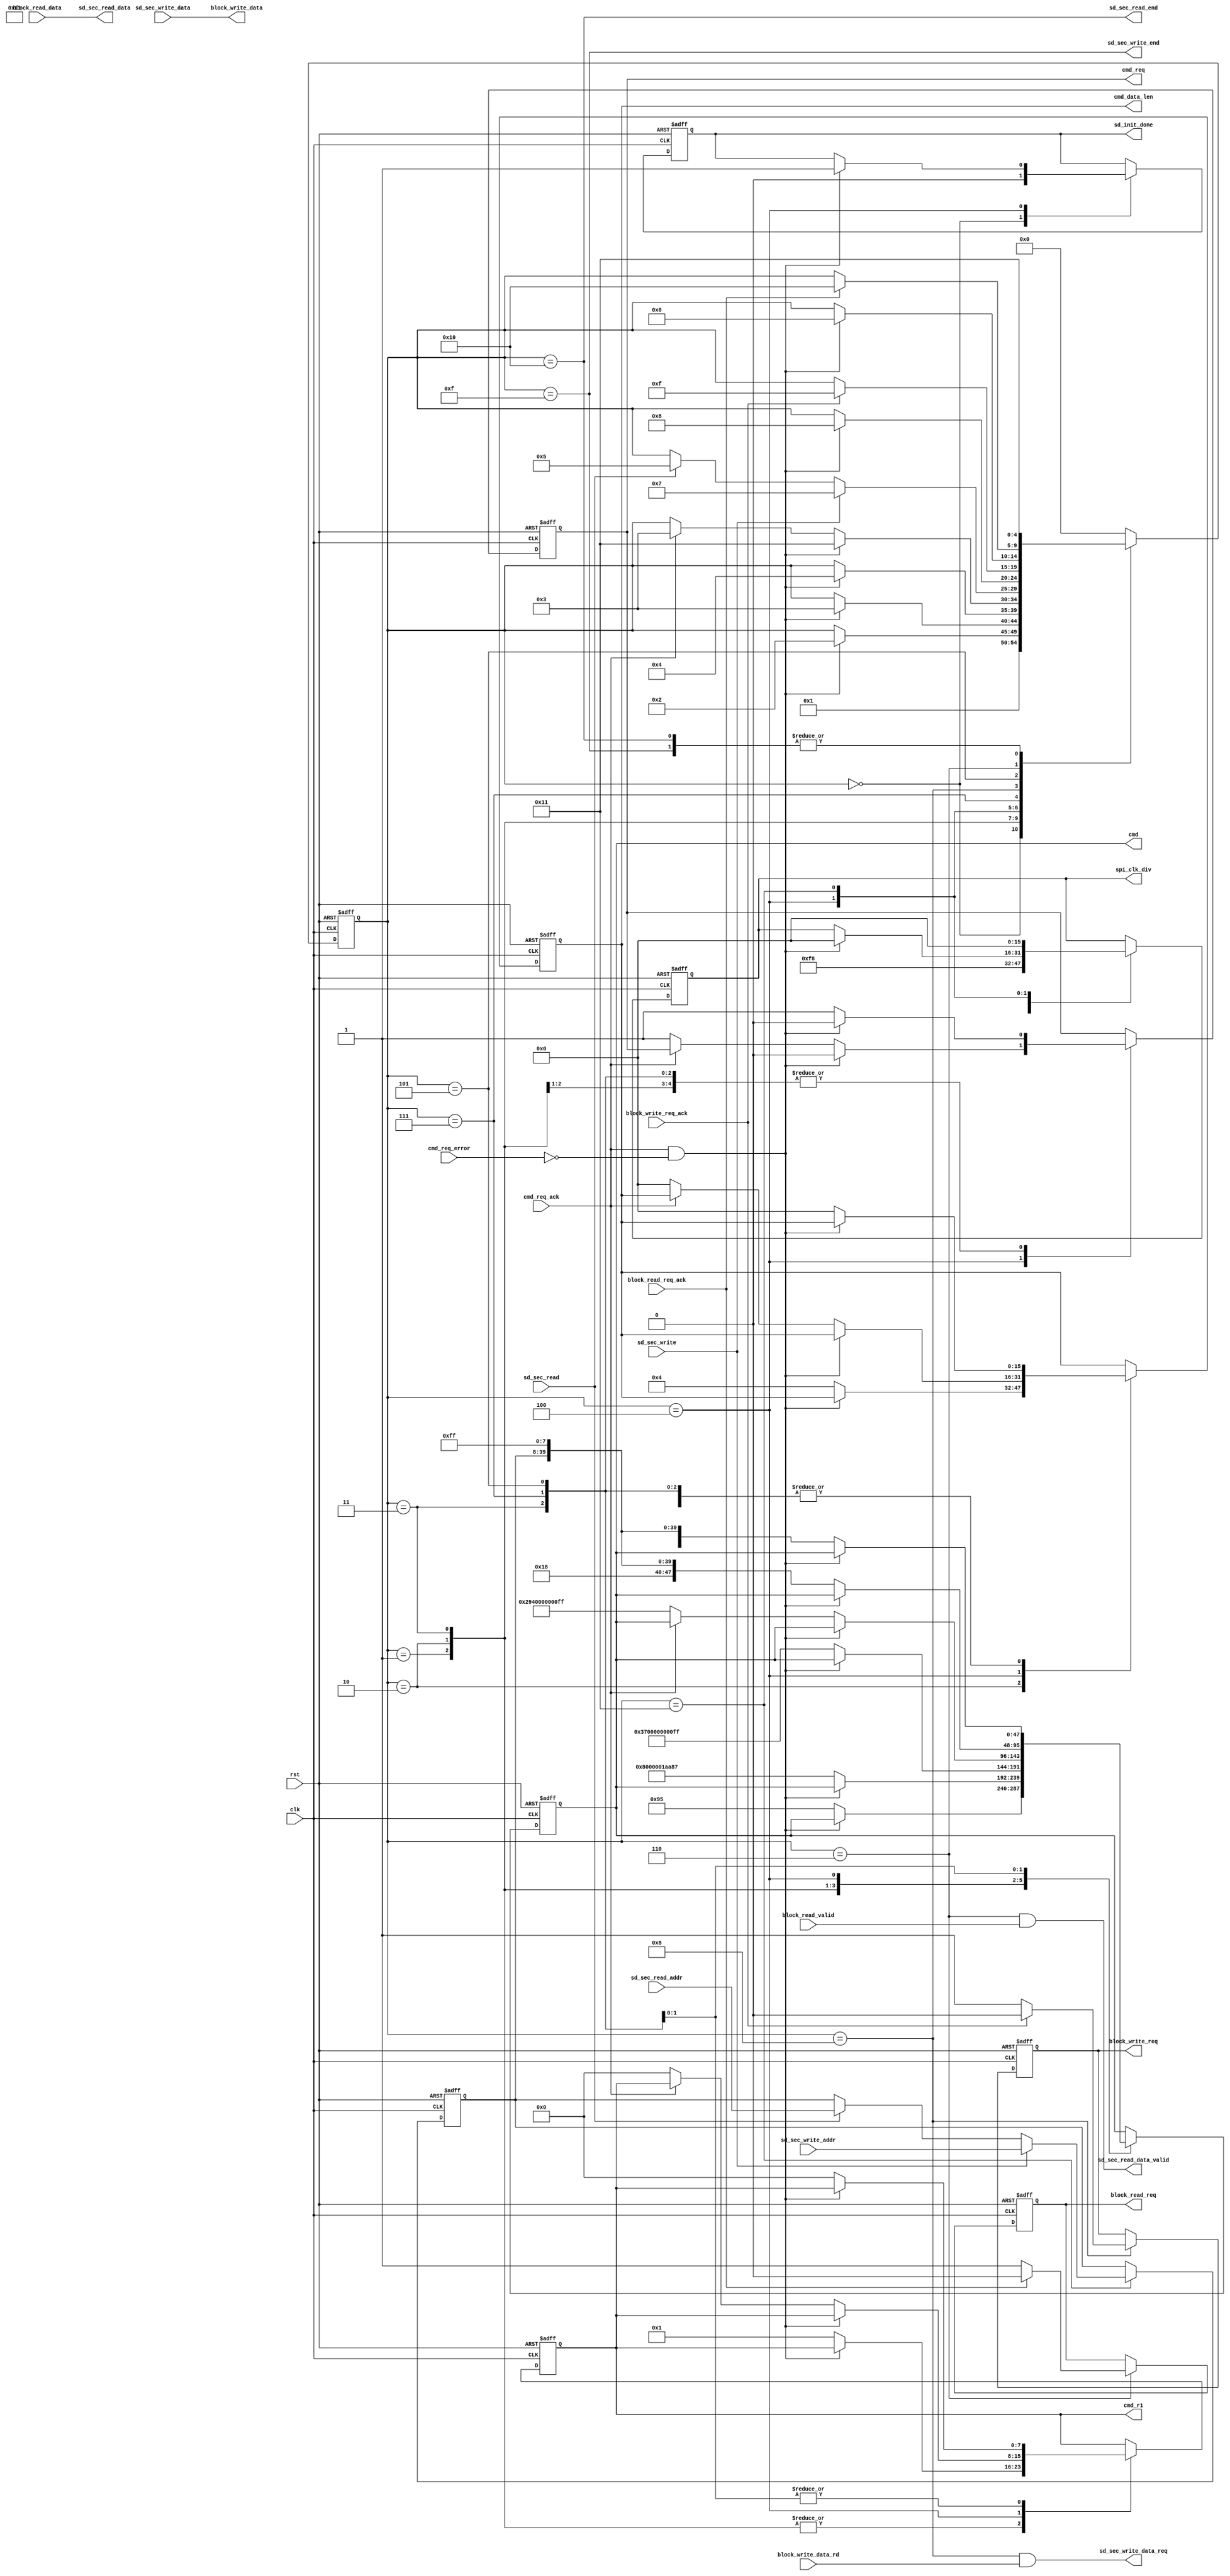
`timescale 1ns / 1ps
//*************************************************************************\
//Copyright (c) 2017,ALINX(shanghai) Technology Co.,Ltd,All rights reserved
//
//                Project Name  :  
//                     Company  :  ALINX(shanghai) Technology Co.,Ltd
//                         WEB  :  http://www.alinx.cn/
//==========================================================================
//   Description:   
//
//   
//==========================================================================
//  Revision History:
//  Date          By            Revision    Change Description
//--------------------------------------------------------------------------
//  2017/6/21    meisq         1.0         Original
//*************************************************************************/
module sd_card_sec_read_write
#(
	parameter  SPI_LOW_SPEED_DIV = 248,         // spi clk speed = clk speed /((SPI_LOW_SPEED_DIV + 2) * 2 )
	parameter  SPI_HIGH_SPEED_DIV = 0           // spi clk speed = clk speed /((SPI_HIGH_SPEED_DIV + 2) * 2 )
)
(
    input           clk,
    input           rst,
	output reg       sd_init_done,
	input            sd_sec_read,
	input[31:0]      sd_sec_read_addr,
	output[7:0]      sd_sec_read_data,
	output           sd_sec_read_data_valid,
	output           sd_sec_read_end,
	input            sd_sec_write,
	input[31:0]      sd_sec_write_addr,
	input[7:0]       sd_sec_write_data,
	output           sd_sec_write_data_req,
	output           sd_sec_write_end,
	
	output reg[15:0] spi_clk_div,
	output reg       cmd_req,
	input            cmd_req_ack,
	input            cmd_req_error,
	output reg[47:0] cmd,
	output reg[7:0]  cmd_r1,
	output reg[15:0] cmd_data_len,
	output reg       block_read_req,
	input            block_read_valid,
	input[7:0]       block_read_data,
	input            block_read_req_ack,
	output reg       block_write_req,
	output[7:0]      block_write_data,
	input            block_write_data_rd,
	input            block_write_req_ack
);
reg[7:0] read_data;
reg[31:0] timer;

localparam S_IDLE               = 0;
localparam S_CMD0               = 1;
localparam S_CMD8               = 2;
localparam S_CMD55              = 3;
localparam S_CMD41              = 4;
localparam S_CMD17              = 5;
localparam S_READ               = 6;
localparam S_CMD24              = 7;
localparam S_WRITE              = 8;
localparam S_ERR                = 14;
localparam S_WRITE_END          = 15;
localparam S_READ_END           = 16;
localparam S_WAIT_READ_WRITE    = 17;

reg[4:0]                       state;
reg[31:0]                      sec_addr;
assign sd_sec_read_data_valid = (state == S_READ) && block_read_valid;
assign sd_sec_read_data = block_read_data;
assign sd_sec_read_end = (state == S_READ_END);
assign sd_sec_write_data_req = (state == S_WRITE) && block_write_data_rd;
assign block_write_data = sd_sec_write_data;
assign sd_sec_write_end = (state == S_WRITE_END);

always@(posedge clk or posedge rst)
begin
	if(rst == 1'b1)
	begin
		state <= S_IDLE;
		cmd_req <= 1'b0;
		cmd_data_len <= 16'd0;
		cmd_r1 <= 8'd0;
		cmd <= 48'd0;
		spi_clk_div <= SPI_LOW_SPEED_DIV[15:0];
		block_write_req <= 1'b0;
		block_read_req <= 1'b0;
		sec_addr <= 32'd0;
		sd_init_done <= 1'b0;
	end
	else
		case(state)
			S_IDLE:
			begin
				state <= S_CMD0;
				sd_init_done <= 1'b0;
				spi_clk_div <= SPI_LOW_SPEED_DIV[15:0];
			end
			S_CMD0:
			begin
				if(cmd_req_ack & ~cmd_req_error)
				begin
					state <= S_CMD8;
					cmd_req <= 1'b0;
				end
				else
				begin
					cmd_req <= 1'b1;
					cmd_data_len <= 16'd0;
					cmd_r1 <= 8'h01;
					cmd <= {8'd0,8'h00,8'h00,8'h00,8'h00,8'h95};
				end		
			end
			S_CMD8:
			begin
				if(cmd_req_ack & ~cmd_req_error)
				begin
					state <= S_CMD55;
					cmd_req <= 1'b0;
				end
				else
				begin
					cmd_req <= 1'b1;
					cmd_data_len <= 16'd4;
					cmd_r1 <= 8'h01;
					cmd <= {8'd8,8'h00,8'h00,8'h01,8'haa,8'h87};
				end					
			end
			S_CMD55:
			begin
				if(cmd_req_ack & ~cmd_req_error)
				begin
					state <= S_CMD41;
					cmd_req <= 1'b0;
				end
				else
				begin
					cmd_req <= 1'b1;
					cmd_data_len <= 16'd0;
					cmd_r1 <= 8'h01;
					cmd <= {8'd55,8'h00,8'h00,8'h00,8'h00,8'hff};
				end					
			end
			S_CMD41:
			begin
				if(cmd_req_ack & ~cmd_req_error)
				begin
					state <= S_WAIT_READ_WRITE;
					cmd_req <= 1'b0;
					sd_init_done <= 1'b1;
					spi_clk_div <= SPI_HIGH_SPEED_DIV[15:0];
				end
				else if(cmd_req_ack)
				begin
					state <= S_CMD55;
				end
				else
				begin
					cmd_req <= 1'b1;
					cmd_data_len <= 16'd0;
					cmd_r1 <= 8'h00;
					cmd <= {8'd41,8'h40,8'h00,8'h00,8'h00,8'hff};
				end					
			end
			S_WAIT_READ_WRITE:
			begin
				if(sd_sec_write ==  1'b1)
				begin
					state <= S_CMD24;
					sec_addr <= sd_sec_write_addr;
				end
				else if(sd_sec_read == 1'b1)
				begin
					state <= S_CMD17;
					sec_addr <= sd_sec_read_addr;
				end
				
				spi_clk_div <= 16'd0;
			end
			S_CMD24:
			begin
				if(cmd_req_ack & ~cmd_req_error)
				begin
					state <= S_WRITE;
					cmd_req <= 1'b0;
				end
				else
				begin
					cmd_req <= 1'b1;
					cmd_data_len <= 16'd0;
					cmd_r1 <= 8'h00;
					cmd <= {8'd24,sec_addr,8'hff};
					
				end					
			end
			S_WRITE:
			begin
				if(block_write_req_ack == 1'b1)
				begin
					block_write_req <= 1'b0;
					state <= S_WRITE_END;
				end
				else
					block_write_req <= 1'b1;
			end
			S_CMD17:
			begin
				if(cmd_req_ack & ~cmd_req_error)
				begin
					state <= S_READ;
					cmd_req <= 1'b0;
				end
				else
				begin
					cmd_req <= 1'b1;
					cmd_data_len <= 16'd0;
					cmd_r1 <= 8'h00;
					cmd <= {8'd17,sec_addr,8'hff};
				end					
			end
			S_READ:
			begin
				if(block_read_req_ack)
				begin
					state <= S_READ_END;
					block_read_req <= 1'b0;
				end
				else
				begin
					block_read_req <= 1'b1;
				end					
			end
			S_WRITE_END:
			begin
				state <= S_WAIT_READ_WRITE;
			end
			S_READ_END:
			begin
				state <= S_WAIT_READ_WRITE;
			end
			default:
				state <= S_IDLE;
		endcase
end 
endmodule